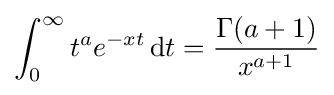
\int _{0}^{\infty }t^{a}e^{-xt}\,\mathrm {d} t={\frac {\Gamma (a+1)}{x^{a+1}}}